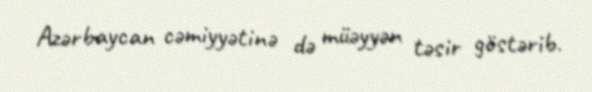
Azərbaycan cəmiyyətinə də müəyyən təsir göstərib.